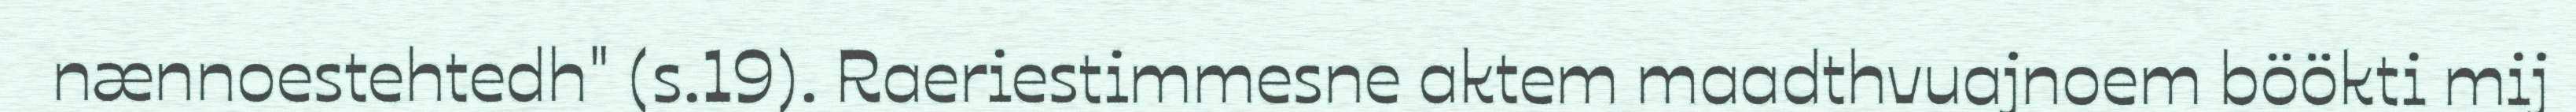
nænnoestehtedh" (s.19). Raeriestimmesne aktem maadthvuajnoem böökti mij